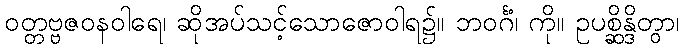
ဝတ္တဗ္ဗဇဝနဝါရေ၊ ဆိုအပ်သင့်သောဇောဝါရ၌။ ဘဝင်္ဂံ၊ ကို။ ဥပစ္ဆိန္ဒိတွာ၊